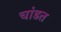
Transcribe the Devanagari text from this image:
चांडत